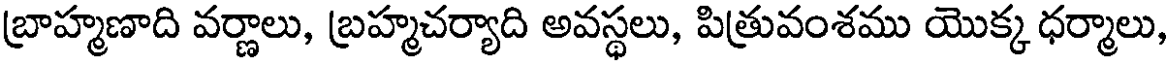
బ్రాహ్మణాది వర్ణాలు, బ్రహ్మచర్యాది అవస్థలు, పిత్రువంశము యొక్క ధర్మాలు,